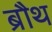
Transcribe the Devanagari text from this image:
ब्रौथ